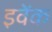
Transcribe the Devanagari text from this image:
इवेंक